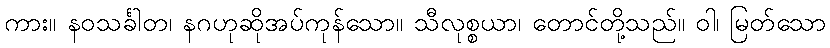
ကား။ နဝသင်္ခါတ၊ နဂဟုဆိုအပ်ကုန်သော။ သီလုစ္စယာ၊ တောင်တို့သည်။ ဝါ၊ မြတ်သော